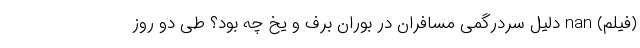
(فیلم) nan دلیل سردرگمی مسافران در بوران برف و یخ چه بود؟ طی دو روز